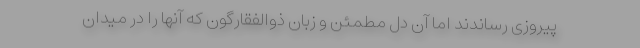
پیروزی رساندند اما آن دل مطمئن و زبان ذوالفقارگون که آنها را در میدان